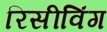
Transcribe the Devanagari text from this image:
रिसीविंग